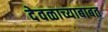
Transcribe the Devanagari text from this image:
देवळाच्याबाबत